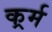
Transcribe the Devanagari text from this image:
कर्र्म